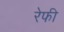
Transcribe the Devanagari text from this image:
रेफी